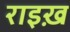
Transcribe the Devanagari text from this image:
राइख़